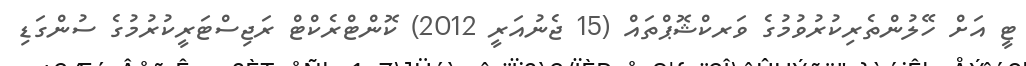
ޓީ އަށް ހޭލުންތެރިކުރުވުމުގެ ވަރކްޝޮޕްތައް (15 ޖެނުއަރީ 2012) ކޮންޓްރެކްޓް ރަޖިސްޓަރީކުރުމުގެ ސުންގަޑި